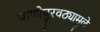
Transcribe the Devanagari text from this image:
पाणीपुरवठ्यामुळे